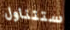
ستتناول